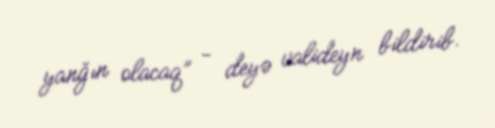
yanğın olacaq” - deyə valideyn bildirib.